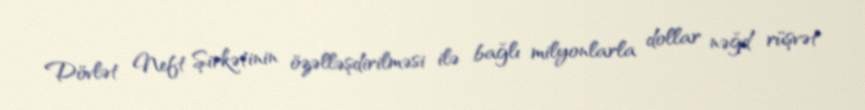
Dövlət Neft Şirkətinin özəlləşdirilməsi ilə bağlı milyonlarla dollar nəğd rüşvət